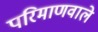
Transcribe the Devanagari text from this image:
परिमाणवाले